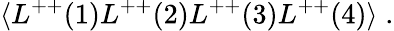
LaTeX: \langle L^{++}(1)L^{++}(2)L^{++}(3)L^{++}(4)\rangle\; .